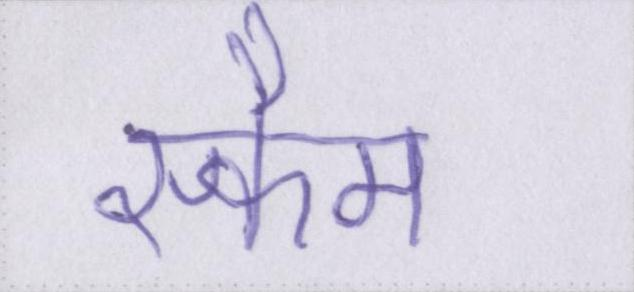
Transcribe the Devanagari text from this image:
स्कैम